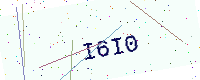
Text: I6I0